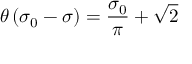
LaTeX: \theta \left( \sigma _ { 0 } - \sigma \right) = \frac { \sigma _ { 0 } } { \pi } + \sqrt { 2 }